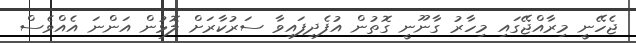
ޖެހޭނީ މިރާއްޖޭގައި މިހާރު ގާނޫނީ ގޮތުން އުފެދިފައިވާ ސަރުކާރަށް ލޮޅުން އަންނަ އެއްވެސް